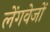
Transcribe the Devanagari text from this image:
लेंगवेजों